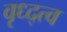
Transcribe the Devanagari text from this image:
वृध्द्त्व